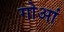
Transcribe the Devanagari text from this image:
गोआं